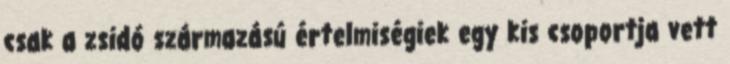
csak a zsidó származású értelmiségiek egy kis csoportja vett